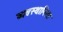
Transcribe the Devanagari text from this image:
व्यवस्थानिरत